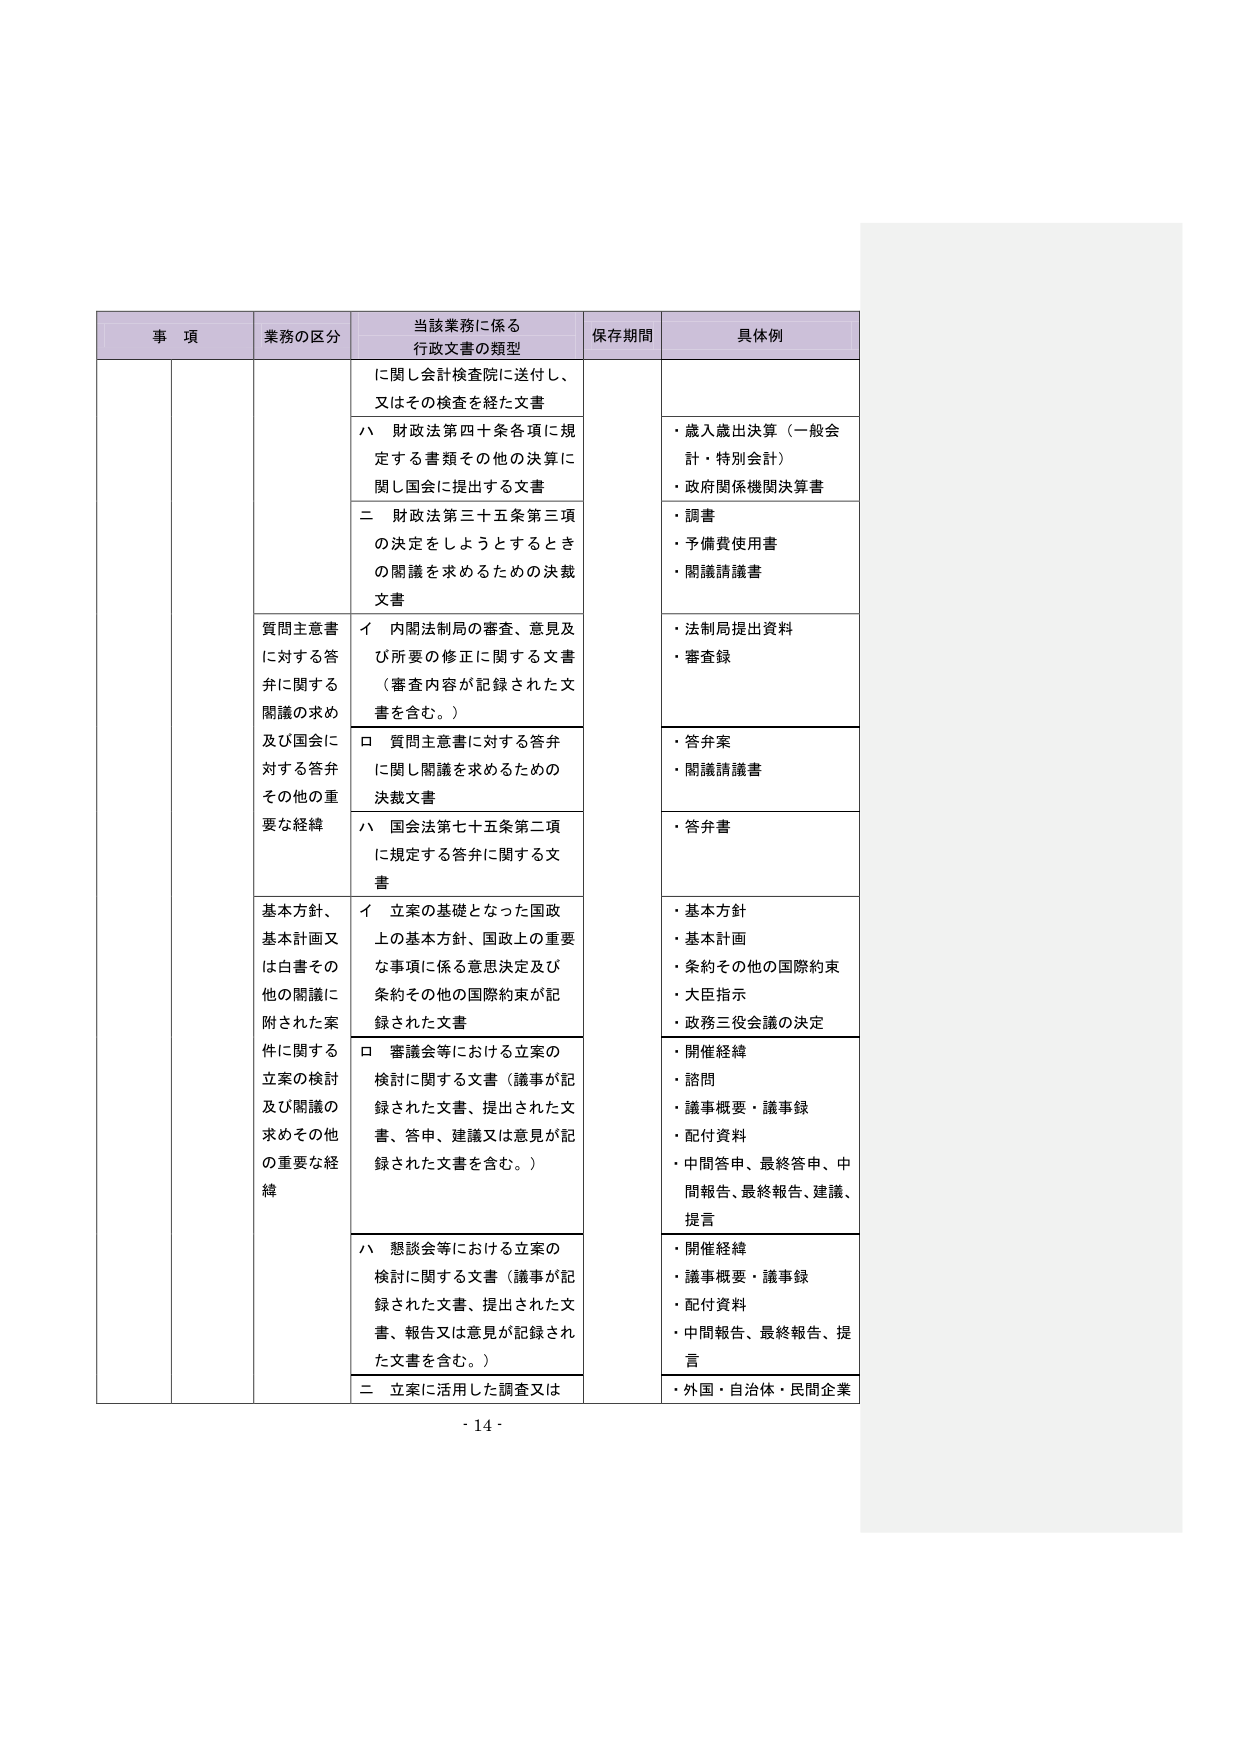
事 項
業務の区分
当該業務に係る
行政文書の類型
保存期間
具体例
に関し会計検査院に送付し、
又はその検査を経た文書
・歳入歳出決算（一般会
計・特別会計）
・政府関係機関決算書
ハ 財政法第四十条各項に規
定する書類その他の決算に
関し国会に提出する文書
・調書
・予備費使用書
・閲議請議書
二 財政法第三十五条第三項
の決定をしようとするとき
の閲議を求めるための決裁
文書
・法制局提出資料
・審査録
質問主意書
に対する答
弁に関する
閲議の求め
及び国会に
対する答弁
その他の重
要な経緯
イ 内閣法制局の審査、意見及
び所要の修正に関する文書
（審査内容が記録された文
書を含む。）
・答弁案
・閲議請議書
ロ 質問主意書に対する答弁
に関し閲議を求めるための
決裁文書
・答弁書
ハ 国会法第七十五条第二項
に規定する答弁に関する文
書
・基本方針
・基本計画
・条約その他の国際約束
・大臣指示
・政務三役会議の決定
基本方針、
基本計画又
は白書その
他の閲議に
附された案
件に関する
立案の検討
及び閲議の
求めその他
の重要な経
緯
イ 立案の基礎となった国政
上の基本方針、国政上の重要
な事項に係る意思決定及び
条約その他の国際約束が記
録された文書
・開催経緯
・諮問
・議事概要・議事録
・配付資料
・中間答申、最終答申、中
間報告、最終報告、建議、
提言
ロ 審議会等における立案の
検討に関する文書（議事が記
録された文書、提出された文
書、答申、建議又は意見が記
録された文書を含む。）
・開催経緯
・議事概要・議事録
・配付資料
・中間報告、最終報告、提
言
ハ 懇談会等における立案の
検討に関する文書（議事が記
録された文書、提出された文
書、報告又は意見が記録され
た文書を含む。）
二 立案に活用した調査又は
・外国・自治体・民間企業
- 14 -